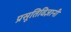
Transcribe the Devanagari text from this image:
प्रसूतिविज्ञानी